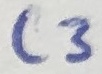
Text: C3